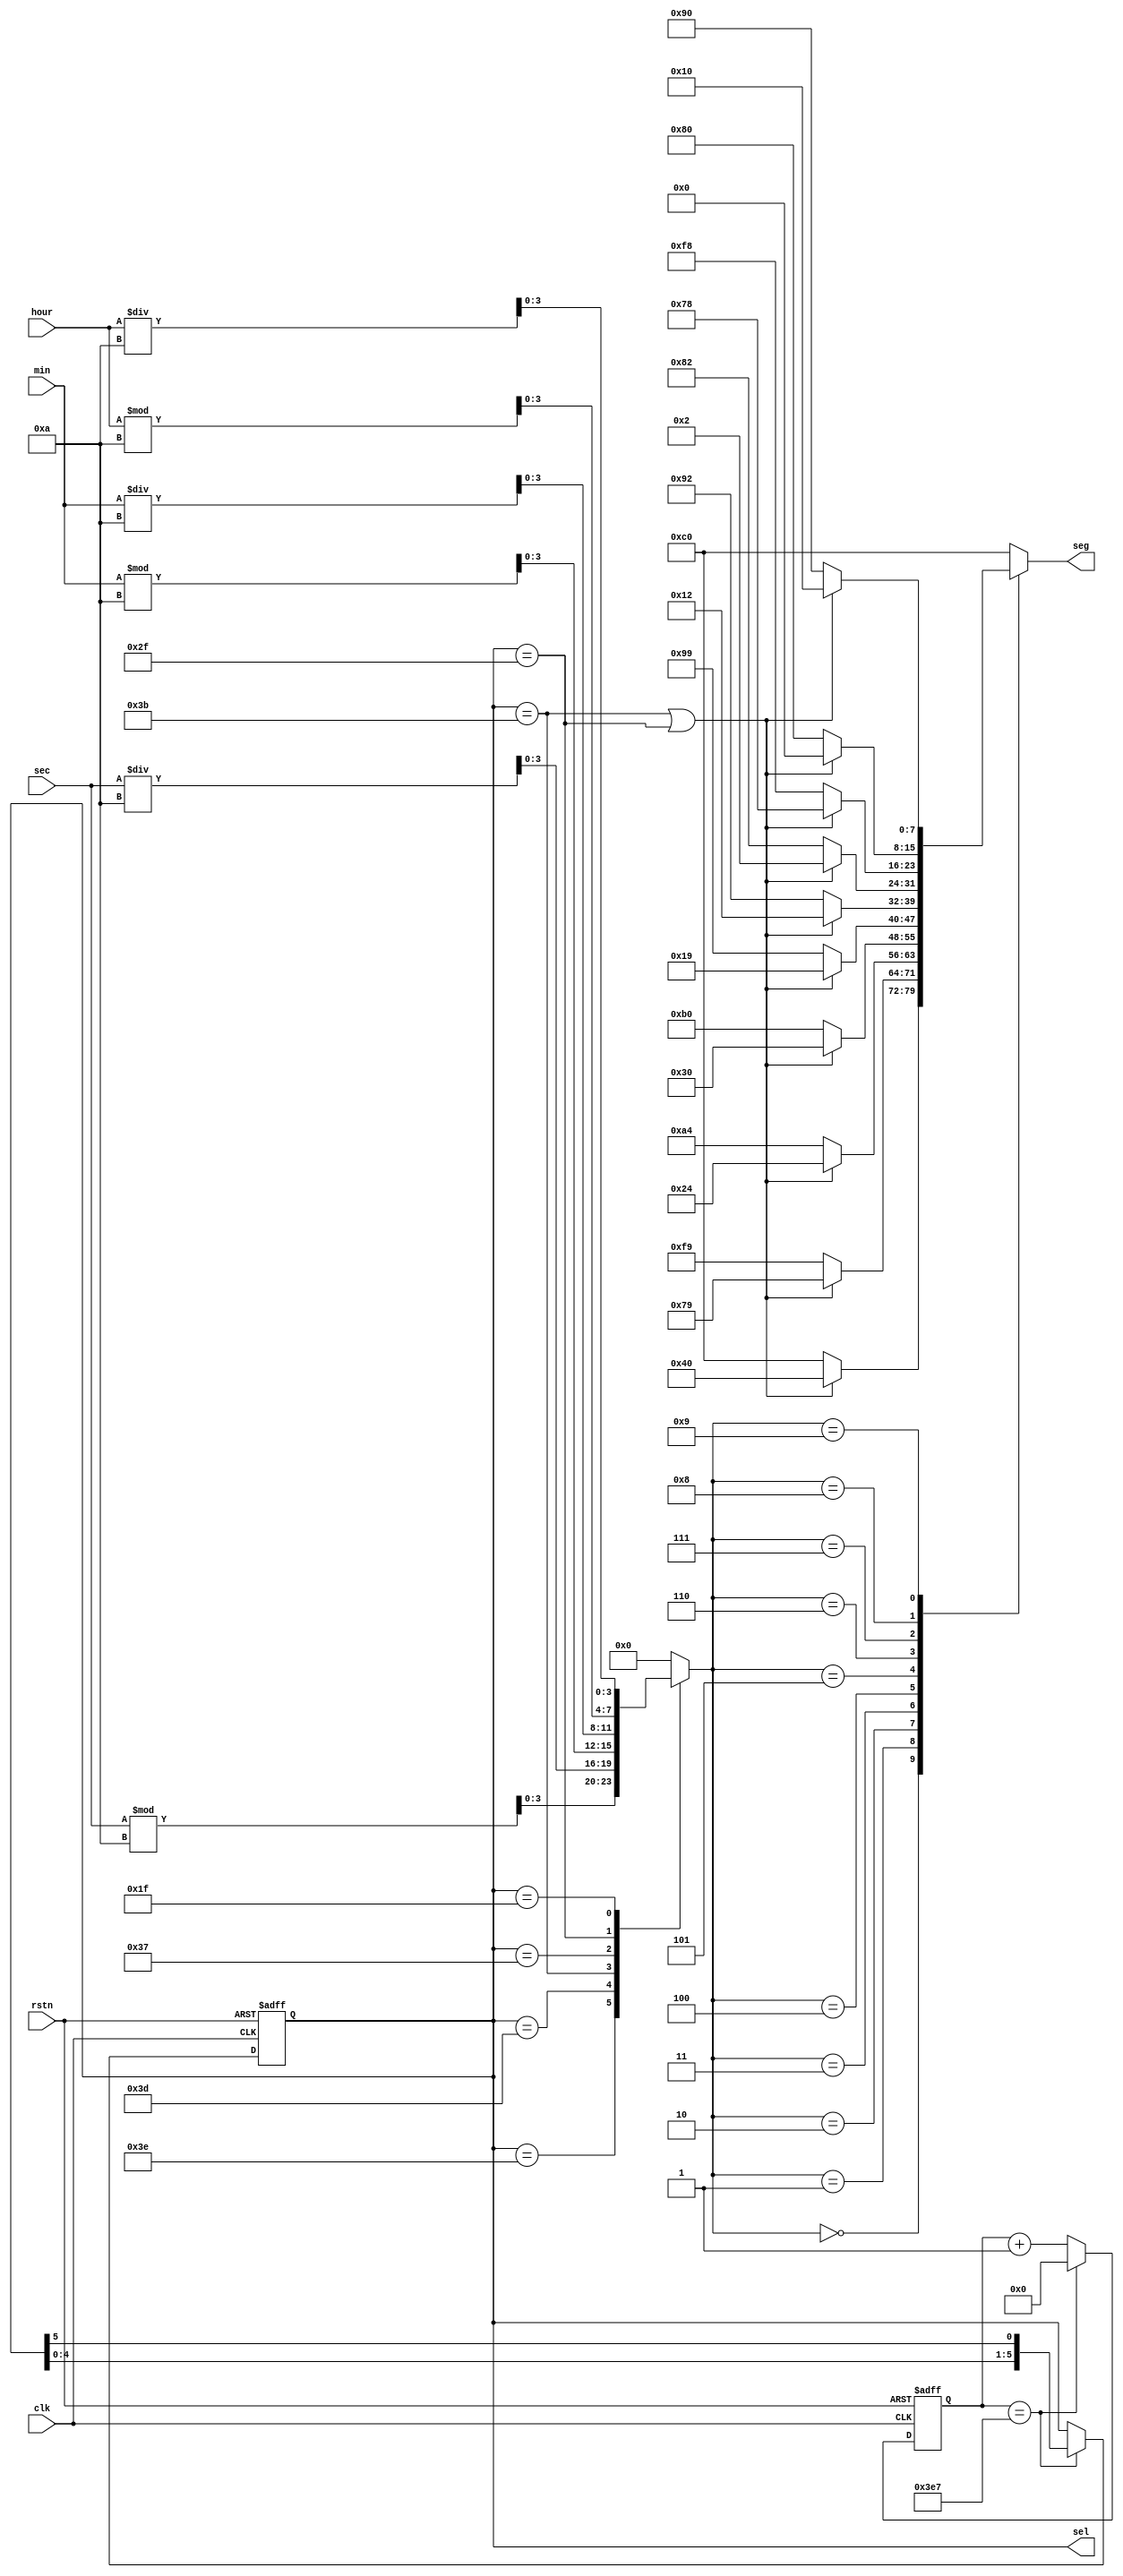
module seg_driver(
	input	wire			clk		,
	input	wire 			rstn	,
	input	wire	[4:0]	hour	,
	input	wire	[5:0]	min		,
	input	wire	[5:0]	sec		,

	output	wire	[7:0]	seg		,
	output	wire	[5:0]	sel		
);
localparam		MAX_20US	=	10'd1_000;
localparam		ZERO      = 8'b1100_0000	,
         		ONE       = 8'b1111_1001	,
         		TWO       = 8'b1010_0100	,
         	 	THREE     = 8'b1011_0000	,
         	 	FOUR      = 8'b1001_1001	,
         	 	FIVE      = 8'b1001_0010	,
         	 	SIX       = 8'b1000_0010	,
         	 	SEVEN     = 8'b1111_1000	,
         	 	EIGHT     = 8'b1000_0000	,
         	 	NINE      = 8'b1001_0000	;


			reg		[9:0]	cnt_20us		;
			reg		[5:0]	sel_r			;
			reg 	[3:0]   number      	;
			reg 	[7:0]   seg_r       	;

//20us counter
always@(posedge clk or negedge rstn)begin
	if(!rstn)
		cnt_20us <= 26'd0;
	else if (cnt_20us == MAX_20US -1'd1)
		cnt_20us <= 26'd0;
	else
		cnt_20us <= cnt_20us + 1'd1;
end

//scan with 20us
always @(posedge clk or negedge rstn)begin
	if(!rstn)
		sel_r <= 6'b111_110;
	else if (cnt_20us == MAX_20US -1'd1)
		sel_r <= {sel_r[4:0],sel_r[5]};
	else
		sel_r <= sel_r;
end

assign sel = sel_r;

always @(*)begin
	case(sel_r)
		6'b111_110	:	number	=	sec % 10	;
		6'b111_101	:	number	=	sec / 10	;
		6'b111_011	:	number	=	min % 10	;
		6'b110_111	:	number	=	min / 10	;
		6'b101_111	:	number	=	hour % 10	;
		6'b011_111	:	number	=	hour / 10	;
		default		:	number	=	4'd0		;
	endcase
end


always @(*)begin
    case(number)
        4'd0 : seg_r = (sel_r == 6'b111_011 || sel_r == 6'b101_111) ? ZERO   & 8'b0111_1111 : ZERO;
        4'd1 : seg_r = (sel_r == 6'b111_011 || sel_r == 6'b101_111) ? ONE    & 8'b0111_1111 : ONE;
        4'd2 : seg_r = (sel_r == 6'b111_011 || sel_r == 6'b101_111) ? TWO    & 8'b0111_1111 : TWO;
        4'd3 : seg_r = (sel_r == 6'b111_011 || sel_r == 6'b101_111) ? THREE  & 8'b0111_1111 : THREE;
        4'd4 : seg_r = (sel_r == 6'b111_011 || sel_r == 6'b101_111) ? FOUR   & 8'b0111_1111 : FOUR;
        4'd5 : seg_r = (sel_r == 6'b111_011 || sel_r == 6'b101_111) ? FIVE   & 8'b0111_1111 : FIVE;
        4'd6 : seg_r = (sel_r == 6'b111_011 || sel_r == 6'b101_111) ? SIX    & 8'b0111_1111 : SIX;
        4'd7 : seg_r = (sel_r == 6'b111_011 || sel_r == 6'b101_111) ? SEVEN  & 8'b0111_1111 : SEVEN;
        4'd8 : seg_r = (sel_r == 6'b111_011 || sel_r == 6'b101_111) ? EIGHT  & 8'b0111_1111 : EIGHT;
        4'd9 : seg_r = (sel_r == 6'b111_011 || sel_r == 6'b101_111) ? NINE   & 8'b0111_1111 : NINE;
        default: seg_r = ZERO		;
    endcase
end

assign seg = seg_r;

endmodule